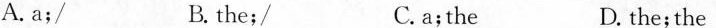
A.a;/ B. the;/ C. a;the D. the;the